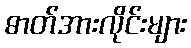
ဓာတ်အားလိုင်းများ